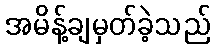
အမိန့်ချမှတ်ခဲ့သည်